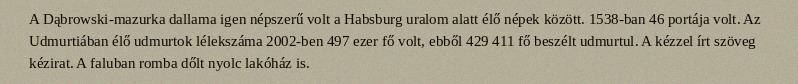
A Dąbrowski-mazurka dallama igen népszerű volt a Habsburg uralom alatt élő népek között. 1538-ban 46 portája volt. Az Udmurtiában élő udmurtok lélekszáma 2002-ben 497 ezer fő volt, ebből 429 411 fő beszélt udmurtul. A kézzel írt szöveg kézirat. A faluban romba dőlt nyolc lakóház is.